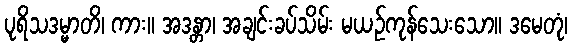
ပုရိသဒမ္မာတိ၊ ကား။ အဒန္တာ၊ အချင်းခပ်သိမ်း မယဉ်ကုန်သေးသော။ ဒမေတုံ၊